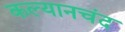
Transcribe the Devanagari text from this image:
कल्यानचंद